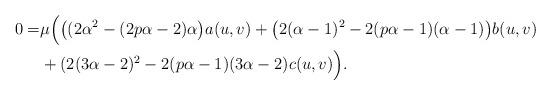
LaTeX: \begin{align*}0=&\mu\Big(\big((2\alpha^{2}-(2p\alpha-2)\alpha\big)a(u,v)+\big(2(\alpha-1)^{2}-2(p\alpha-1)(\alpha-1)\big)b(u,v)\\&+(2(3\alpha-2)^{2}-2(p\alpha-1)(3\alpha-2)c(u,v)\Big).\end{align*}